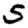
Digit: 5